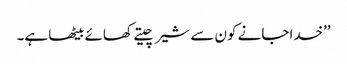
’’خدا جانے کون سے شیر چیتے کھائے بیٹھا ہے۔